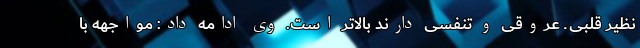
نظیر قلبی ـ عروقی و تنفسی دارند بالاتر است. وی ادامه داد: مواجهه با